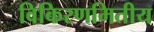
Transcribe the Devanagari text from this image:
विकिरणमितीय